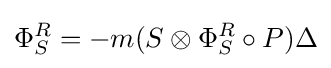
\Phi _{S}^{R}=-m(S\otimes \Phi _{S}^{R}\circ P)\Delta